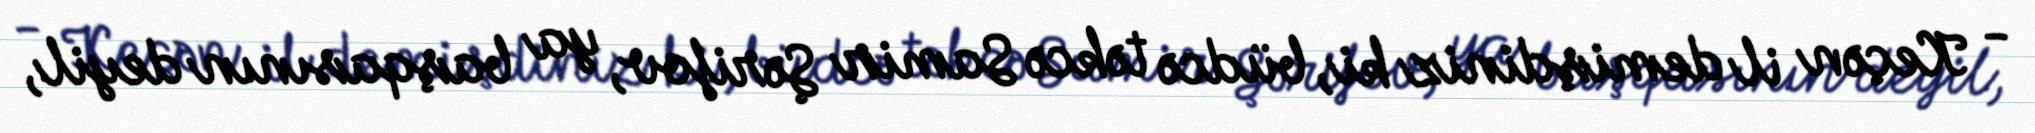
- Keçən il demişdiniz ki, büdcə təkcə Samir Şərifov, ya başqasının deyil,